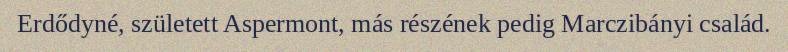
Erdődyné, született Aspermont, más részének pedig Marczibányi család.